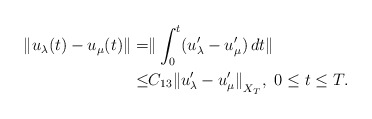
\begin{align*}\Vert u_{\lambda}(t) - u_{\mu}(t) \Vert = & \Vert \int_0^t (u_{\lambda}^{\prime} - u_{\mu}^{\prime})\, dt \Vert \\\le & C_{13} {\Vert u_{\lambda}^{\prime} - u_{\mu}^{\prime}\Vert}_{X_T}, \ 0\le t \le T.\end{align*}